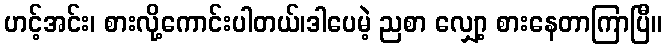
ဟင့်အင်း၊ စားလို့ကောင်းပါတယ်၊ဒါပေမဲ့ ညစာ လျှော့ စားနေတာကြာပြီ။